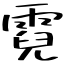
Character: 霓